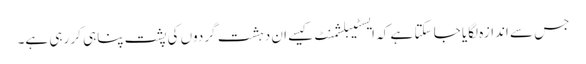
جس سے اندازہ لگایا جا سکتا ہے کہ ایسٹیبلشمنٹ کیسے ان دہشت گردوں کی پشت پناہی کر رہی ہے۔